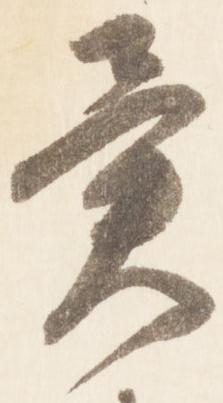
異